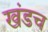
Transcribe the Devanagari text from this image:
खंडच